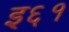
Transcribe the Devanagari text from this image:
इ६१